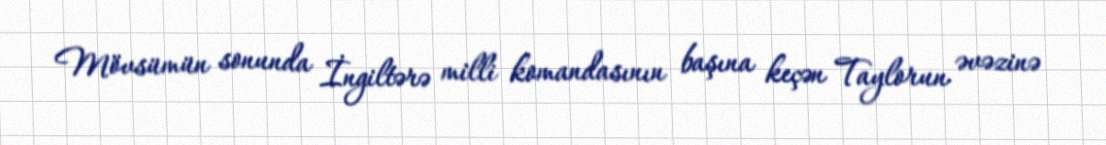
Mövsümün sonunda İngiltərə milli komandasının başına keçən Taylorun əvəzinə